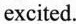
excited.